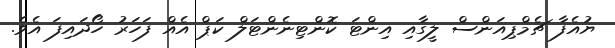
ޔުއެފާ ޗެމްޕިއަންސް ލީގާއި އިންޓަ ކޮންޓިނެންޓަލް ކަޕް އެއް ފަހަރު ހޯދައިފަ އެވެ.